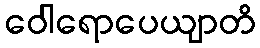
ဝေါရောပေယျာတိ